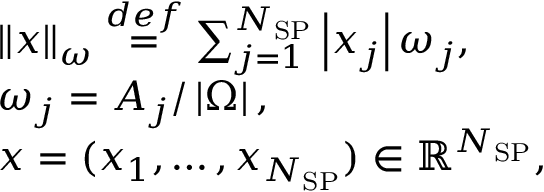
\begin{array} { r l } & { \left\lVert \boldsymbol { x } \right\rVert _ { \omega } \overset { d e f } { = } \sum _ { j = 1 } ^ { N _ { \mathrm { S P } } } \left\lvert x _ { j } \right\rvert \omega _ { j } , } \\ & { \omega _ { j } = A _ { j } / \left\lvert \Omega \right\rvert , } \\ & { \boldsymbol { x } = ( x _ { 1 } , \ldots , x _ { N _ { \mathrm { S P } } } ) \in \mathbb { R } ^ { N _ { \mathrm { S P } } } , } \end{array}